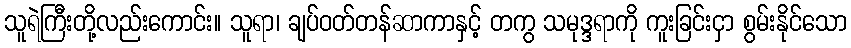
သူရဲကြီးတို့လည်းကောင်း။ သူရာ၊ ချပ်ဝတ်တန်ဆာကာနှင့် တကွ သမုဒ္ဒရာကို ကူးခြင်းငှာ စွမ်းနိုင်သော